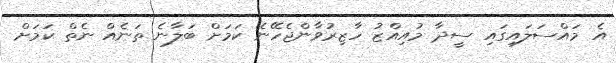
އެ މައްސަލައިގައި ސީދާ މުއިއްޒު ހާޒިރުވާންޖެހޭނެ ކަމަށް ބަލާނެ ތަނެއް ނެތް ކަމަށް